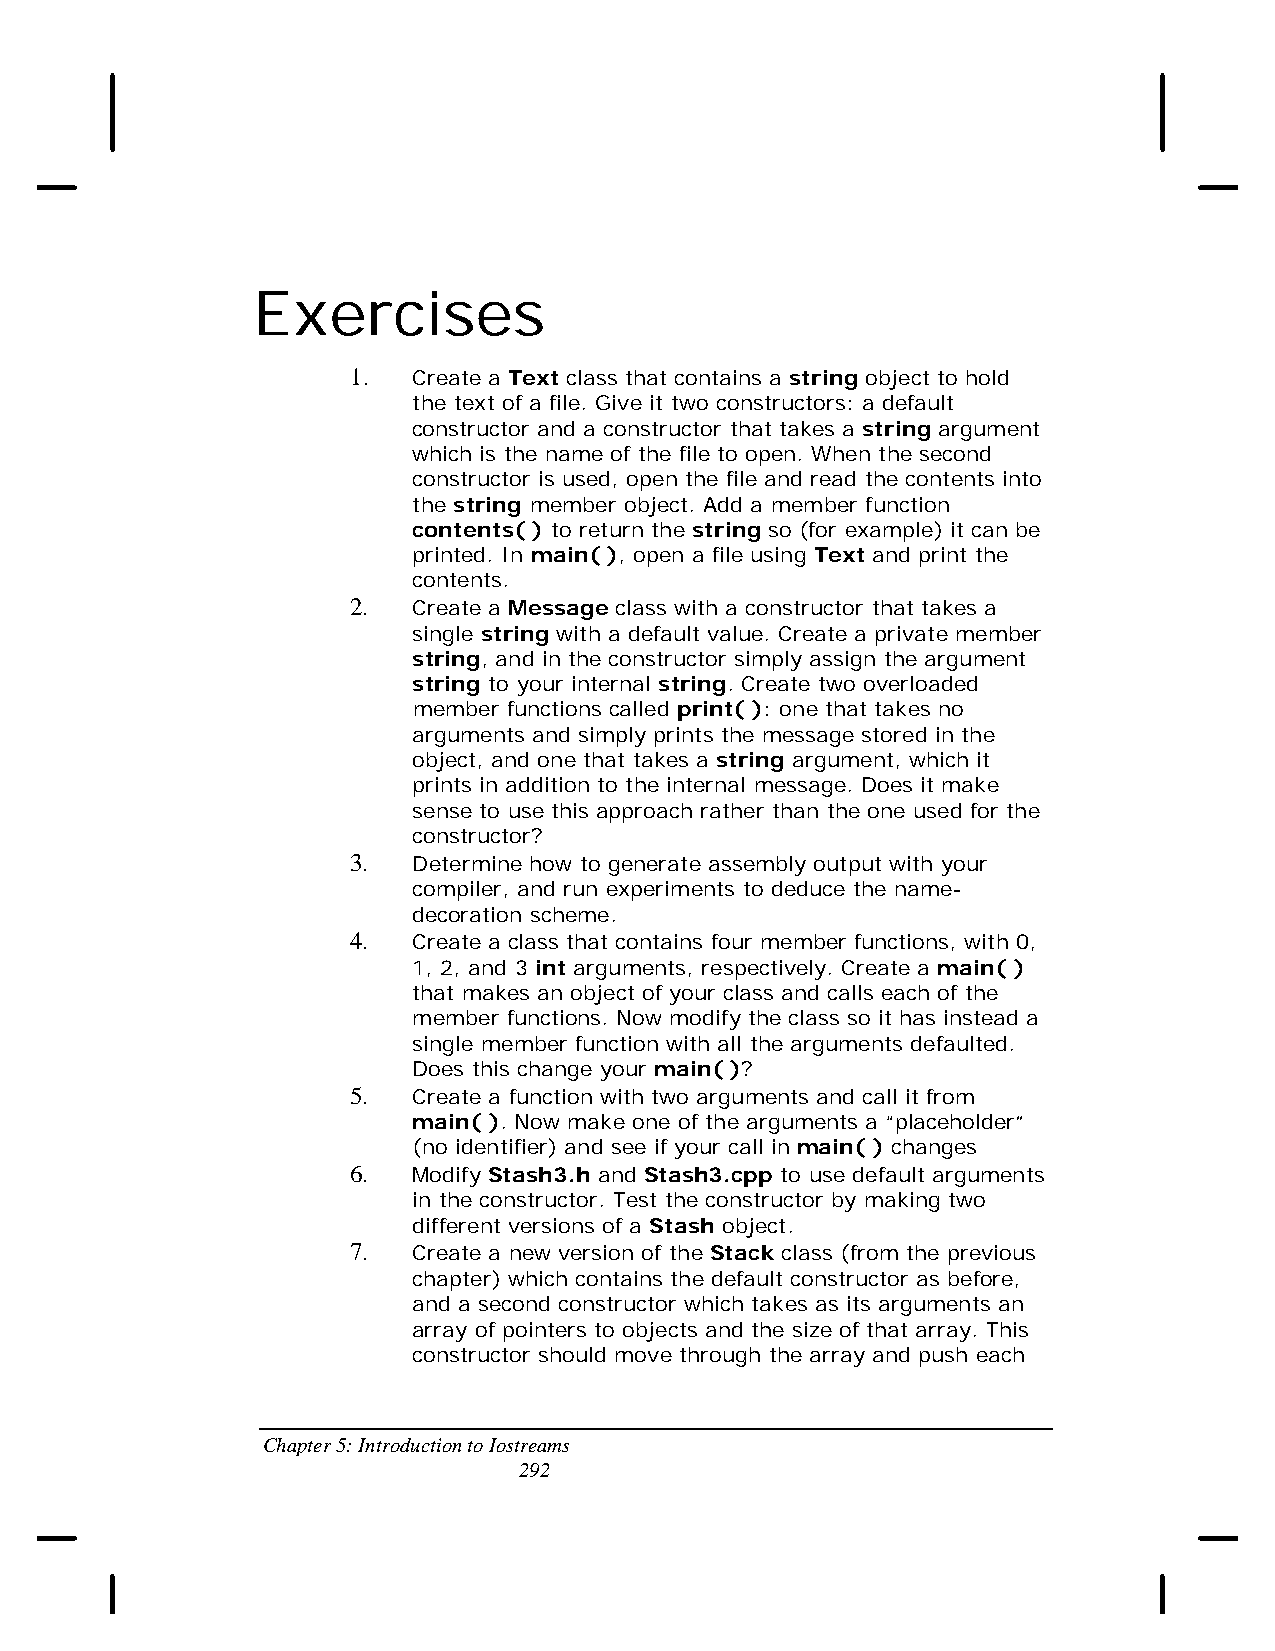
Exercises
 1.  Create a Text class that contains a string object to hold
 the text of a file. Give it two constructors: a default
 constructor and a constructor that takes a string argument
 which is the name of the file to open. When the second
 constructor is used, open the file and read the contents into
 the string member object. Add a member function
 contents( ) to return the string so (for example) it can be
 printed. In main( ), open a file using Text and print the
 contents.
 2.  Create a Message class with a constructor that takes a
 single string with a default value. Create a private member
 string, and in the constructor simply assign the argument
 string to your internal string. Create two overloaded
 member functions called print( ): one that takes no
 arguments and simply prints the message stored in the
 object, and one that takes a string argument, which it
 prints in addition to the internal message. Does it make
 sense to use this approach rather than the one used for the
 constructor?
 3.  Determine how to generate assembly output with your
 compiler, and run experiments to deduce the name-
 decoration scheme.
 4.  Create a class that contains four member functions, with 0,
 1, 2, and 3 int arguments, respectively. Create a main( )
 that makes an object of your class and calls each of the
 member functions. Now modify the class so it has instead a
 single member function with all the arguments defaulted.
 Does this change your main( )?
 5.  Create a function with two arguments and call it from
 main( ). Now make one of the arguments a “placeholder”
 (no identifier) and see if your call in main( ) changes
 6.  Modify Stash3.h and Stash3.cpp to use default arguments
 in the constructor. Test the constructor by making two
 different versions of a Stash object.
 7.  Create a new version of the Stack class (from the previous
 chapter) which contains the default constructor as before,
 and a second constructor which takes as its arguments an
 array of pointers to objects and the size of that array. This
 constructor should move through the array and push each
 Chapter 5: Introduction to Iostreams
 292